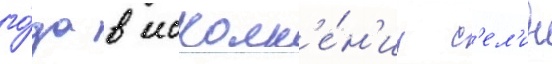
го́да в исполн'е́н'ии с'ел'ин